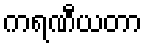
ကရဏီယတာ